Note on the mental hospitals in Burma - 1925-1940
Year: 1925
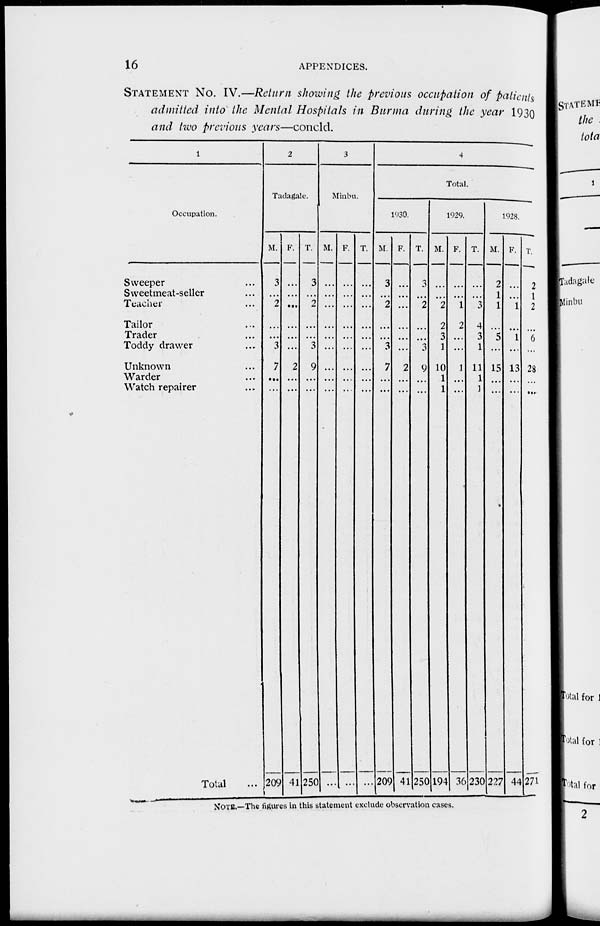
16
APPENDICES.
STATEMENT No. IV.—Return showing the previous occupation of patients
admitted into the Mental Hospitals in Burma during the year 1930
and two previous years—concld.
1
Occupation.
Sweeper ...
Sweetmeat-seller ...
Teacher ...
Tailor ...
Trader ...
Toddy drawer ...
Unknown ...
Warder ...
Watch repairer ...
Total ...
2
Tadagale.
M.
3
...
2
...
...
3
7
...
...
209
F.
...
...
...
...
...
...
2
...
...
41
T.
3
...
2
...
...
3
9
...
...
250
3
Minbu.
M.
...
...
...
...
...
...
...
...
...
...
F.
...
...
...
...
...
...
...
...
...
...
T.
...
...
...
...
...
...
...
...
...
...
4
Total.
1930.
M.
3
...
2
...
...
3
7
...
...
209
F.
...
...
...
...
...
...
2
...
...
41
T.
...
...
2
...
...
3
9
...
...
250
1929.
M.
...
...
2
2
3
1
10
1
1
194
F.
...
...
1
2
...
...
1
...
...
36
T.
...
...
3
4
3
1
11
1
1
230
1928.
M.
2
1
1
...
5
...
15
...
...
227
F.
...
...
1
...
1
...
13
...
...
44
T.
2
1
2
...
6
...
28
...
...
271
NOTE.—The figures in this statement exclude observation cases.